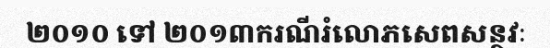
២០១០ ទៅ ២០១៣ករណីរំលោភសេពសន្ថវៈ